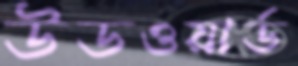
উডওয়ার্ড